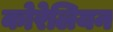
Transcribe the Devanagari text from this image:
कोरेलियन